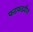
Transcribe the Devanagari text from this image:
फडफडवीत